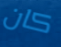
كان